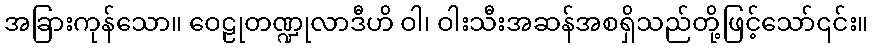
အခြားကုန်သော။ ဝေဠုတဏ္ဍုလာဒီဟိ ဝါ၊ ဝါးသီးအဆန်အစရှိသည်တို့ဖြင့်သော်၎င်း။